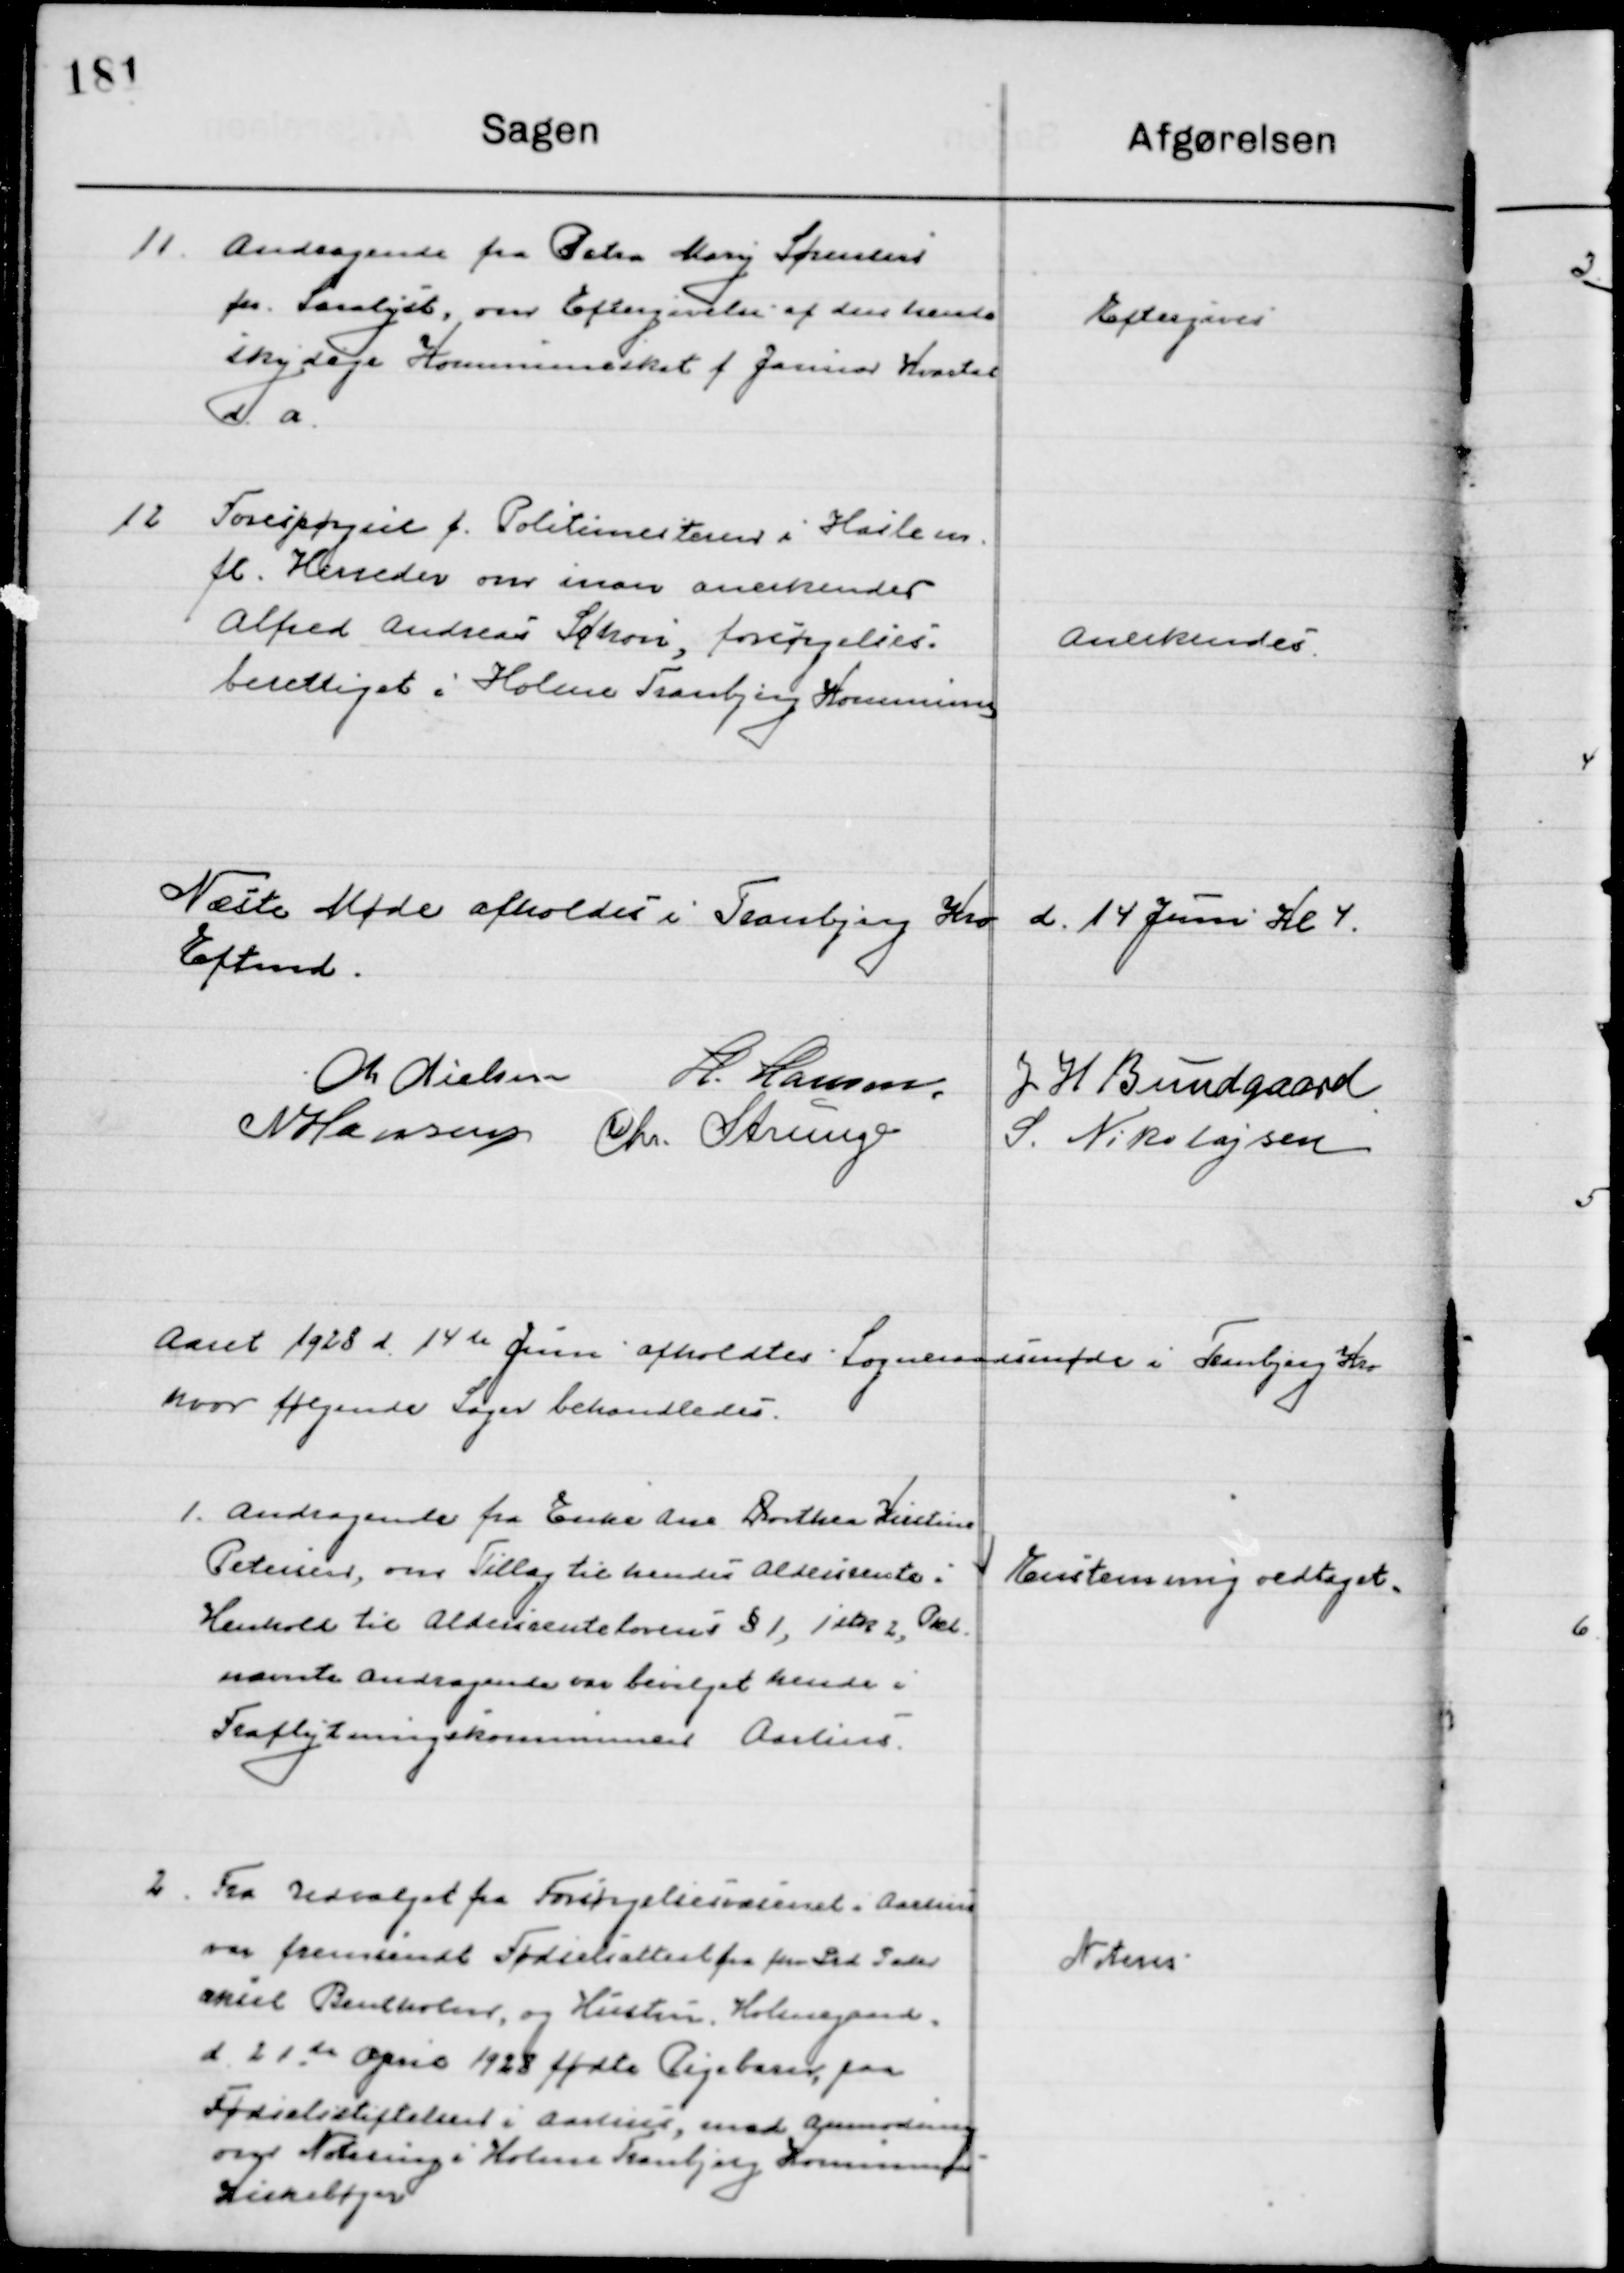
Transskription:
11

Andragende fra Petra Mary Sørensen
Pr. Saralyst, om Eftergivelse af den hendes
Skyldige Kommuneskat f. Januar Kvartal 
d. a.

Eftergives

12

Forespørgsel f. Politimesteren i Hasle m.
fl. Herreds om man anerkender
Alfred Andreas Schou, forsørgelses
berettiget i Holme Tranbjerg Kommune.

Anerkendes

Næste Møde afholdes i Tranbjerg Kro d. 14 juni Kl. 4 
Eftermd.

M. Nielsen
H. Hansen
J. H. Bundgaard
N. Hansen
Chr. Strunge
S. Nikolajsen

Aaret 1928 d. 14de juni afholdtes Sogneraadsmøde i Tranbjerg Kro
hvor følgende Sager behandledes.

1

Andragende fra Enke Ane Dorthea Kristine
Petersen, om Tillæg til hendes Aldersrente i
Henhold til Aldersrentelovens § 1, 1 Stk 2, Okt.
nævnte andragende var bevilget hende i
Fraflytningskommunen Aarhus.

Enstemmig vedtaget

2

Fra Udvalget for Forsørgelsesvæsenet, Aarhus
Var fremsendt Fødselsattest fra fhv. Grd. Peter
Aksel Bentholm,  og hustru Holmegaard,
d. 21de april 1928 fødte Pigebarn paa
Fødselsstiftelsen i Aarhus, med Anmodning
om notering i Holme Tranbjerg Kommunes 
Kirkebøger.

Noteres